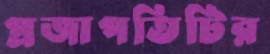
প্রজাপতিটির